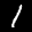
Label: 1